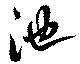
池